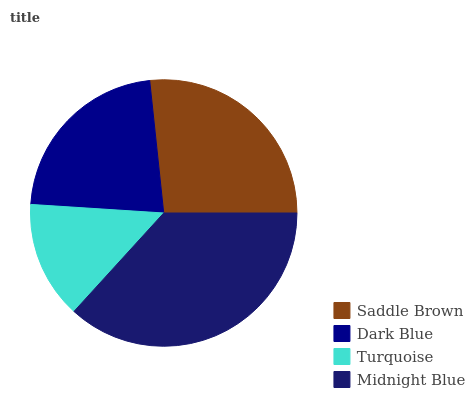
| Saddle Brown | Dark Blue | Turquoise | Midnight Blue |
 | --- | --- | --- | --- |
 | 26.7% | 22.3% | 14.3% | 36.7% |